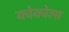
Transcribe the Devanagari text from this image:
कोकोला